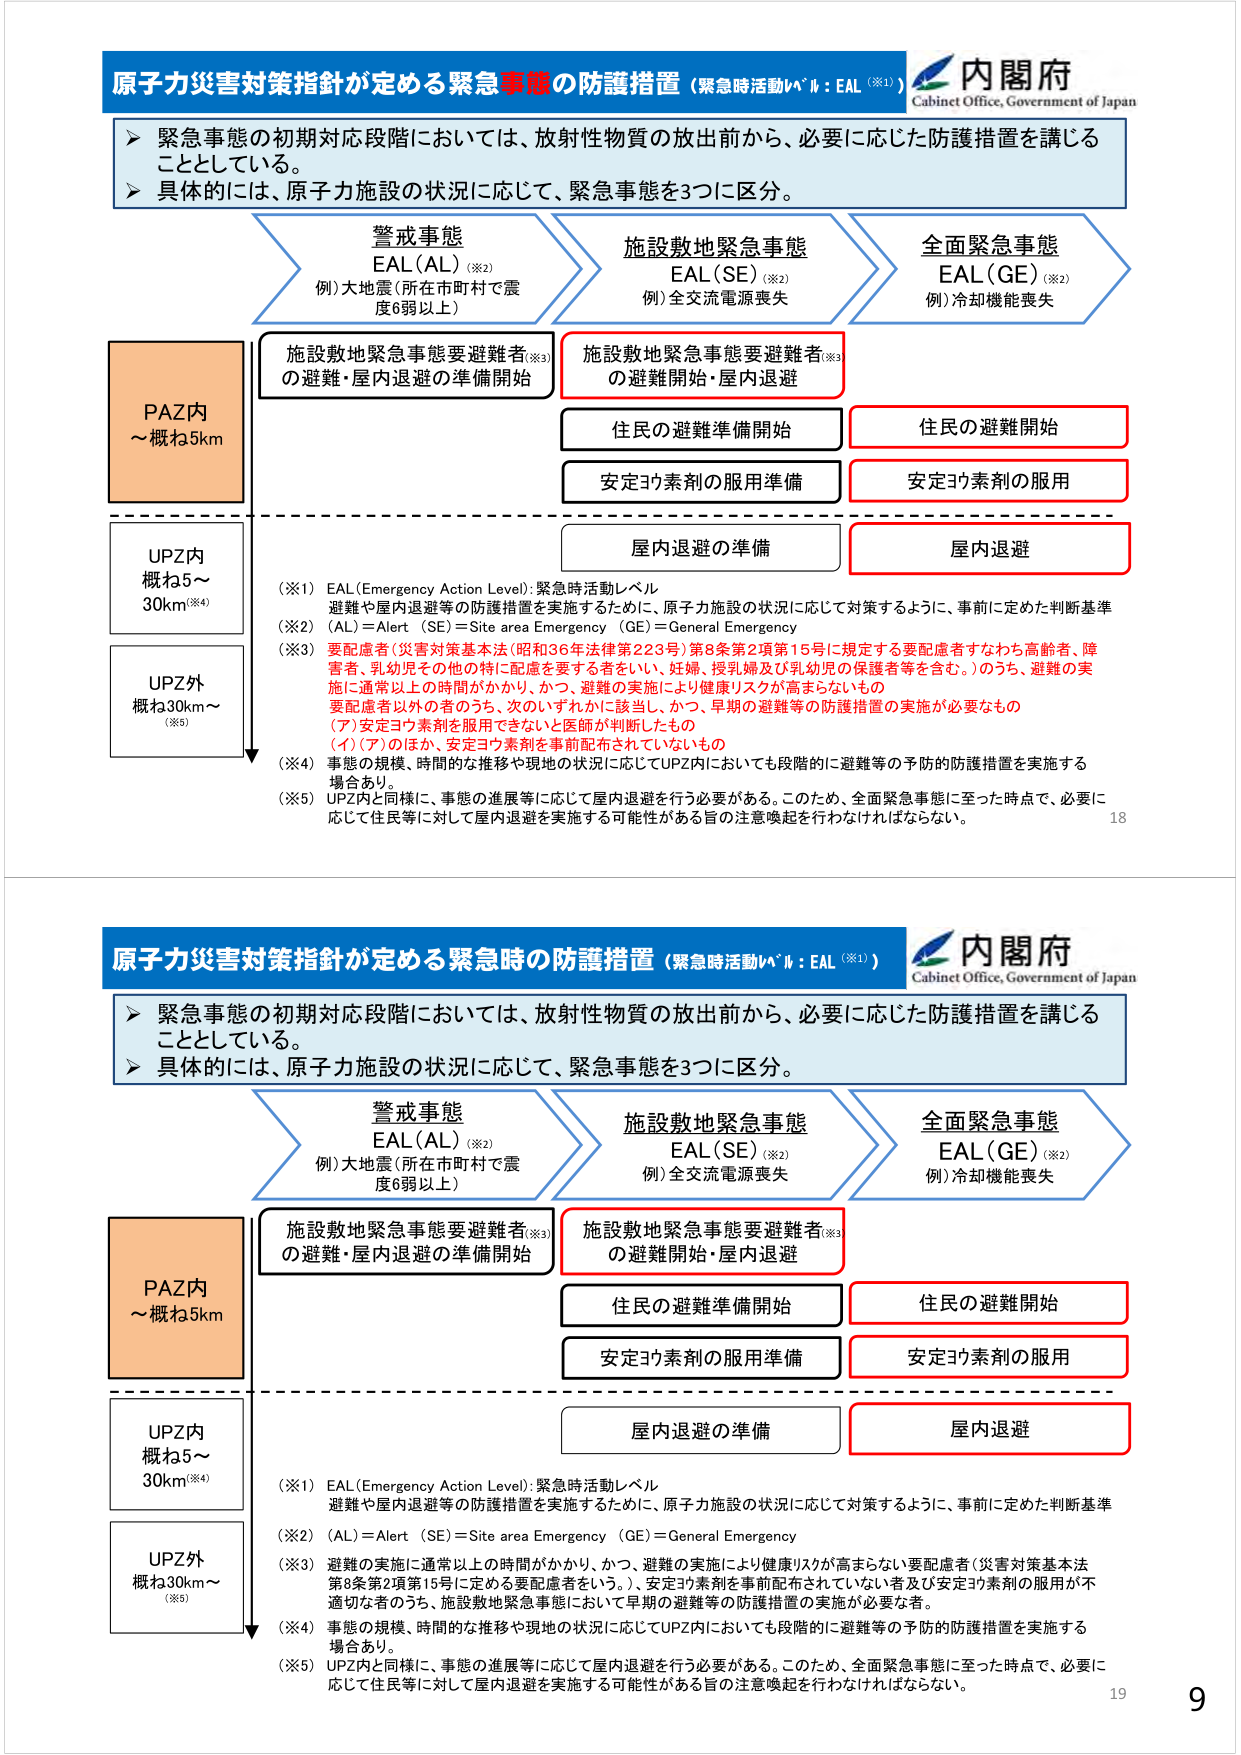
原子力災害対策指針が定める緊急事態の防護措置（緊急時活動レベル：EAL（※1））
内閣府
Cabinet Office, Government of Japan

➤ 緊急事態の初期対応段階においては、放射性物質の放出前から、必要に応じた防護措置を講じることとしている。
➤ 具体的には、原子力施設の状況に応じて、緊急事態を3つに区分。

警戒事態
EAL（AL）（※2）
例）大地震（所在市町村で震度6弱以上）

施設敷地緊急事態
EAL（SE）（※2）
例）全交流電源喪失

全面緊急事態
EAL（GE）（※2）
例）冷却機能喪失

PAZ内
～概ね5km

UPZ内
概ね5～30km（※4）

UPZ外
概ね30km～（※5）

施設敷地緊急事態要避難者（※3）
の避難・屋内退避の準備開始

施設敷地緊急事態要避難者（※3）
の避難開始・屋内退避

住民の避難準備開始

安定ヨウ素剤の服用準備

屋内退避の準備

住民の避難開始

安定ヨウ素剤の服用

屋内退避

（※1）EAL（Emergency Action Level）：緊急時活動レベル
避難や屋内退避等の防護措置を実施するために、原子力施設の状況に応じて対策するように、事前に定めた判断基準

（※2）（AL）＝Alert （SE）＝Site area Emergency （GE）＝General Emergency

（※3）要配慮者（災害対策基本法（昭和36年法律第223号）第8条第2項第15号に規定する要配慮者すなわち高齢者、障害者、乳幼児その他の特に配慮を要する者をいい、妊婦、授乳婦及び乳幼児の保護者等を含む。）のうち、避難の実施に通常以上の時間がかかり、かつ、避難の実施により健康リスクが高まらないもの
要配慮者以外の者のうち、次のいずれかに該当し、かつ、早期の避難等の防護措置の実施が必要なもの
（ア）安定ヨウ素剤を服用できないと医師が判断したもの
（イ）（ア）のほか、安定ヨウ素剤を事前配布されていないもの

（※4）事態の規模、時間的な推移や現地の状況に応じてUPZ内においても段階的に避難等の予防的防護措置を実施する場合あり。

（※5）UPZ内と同様に、事態の進展等に応じて屋内退避を行う必要がある。このため、全面緊急事態に至った時点で、必要に応じて住民等に対して屋内退避を実施する可能性がある旨の注意喚起を行わなければならない。

18

原子力災害対策指針が定める緊急時の防護措置（緊急時活動レベル：EAL（※1））
内閣府
Cabinet Office, Government of Japan

➤ 緊急事態の初期対応段階においては、放射性物質の放出前から、必要に応じた防護措置を講じることとしている。
➤ 具体的には、原子力施設の状況に応じて、緊急事態を3つに区分。

警戒事態
EAL（AL）（※2）
例）大地震（所在市町村で震度6弱以上）

施設敷地緊急事態
EAL（SE）（※2）
例）全交流電源喪失

全面緊急事態
EAL（GE）（※2）
例）冷却機能喪失

PAZ内
～概ね5km

UPZ内
概ね5～30km（※4）

UPZ外
概ね30km～（※5）

施設敷地緊急事態要避難者（※3）
の避難・屋内退避の準備開始

施設敷地緊急事態要避難者（※3）
の避難開始・屋内退避

住民の避難準備開始

安定ヨウ素剤の服用準備

屋内退避の準備

住民の避難開始

安定ヨウ素剤の服用

屋内退避

（※1）EAL（Emergency Action Level）：緊急時活動レベル
避難や屋内退避等の防護措置を実施するために、原子力施設の状況に応じて対策するように、事前に定めた判断基準

（※2）（AL）＝Alert （SE）＝Site area Emergency （GE）＝General Emergency

（※3）避難の実施に通常以上の時間がかかり、かつ、避難の実施により健康リスクが高まらない要配慮者（災害対策基本法第8条第2項第15号に定める要配慮者をいう。）、安定ヨウ素剤を事前配布されていない者及び安定ヨウ素剤の服用が不適切な者等のうち、施設敷地緊急事態において早期の避難等の防護措置の実施が必要な者。

（※4）事態の規模、時間的な推移や現地の状況に応じてUPZ内においても段階的に避難等の予防的防護措置を実施する場合あり。

（※5）UPZ内と同様に、事態の進展等に応じて屋内退避を行う必要がある。このため、全面緊急事態に至った時点で、必要に応じて住民等に対して屋内退避を実施する可能性がある旨の注意喚起を行わなければならない。

19
9